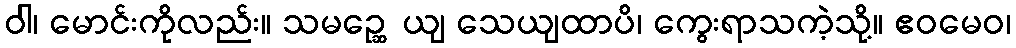
ဝါ၊ မောင်းကိုလည်း။ သမဉ္ဆေ ယျ သေယျထာပိ၊ ကွေးရာသကဲ့သို့။ ဧဝမေဝ၊